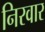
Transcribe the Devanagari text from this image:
निरवार